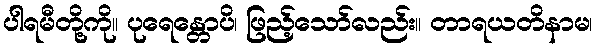
ပါရမီတို့ကို။ ပုရေန္တောပိ၊ ဖြည့်သော်လည်း။ တာရယတိနာမ၊